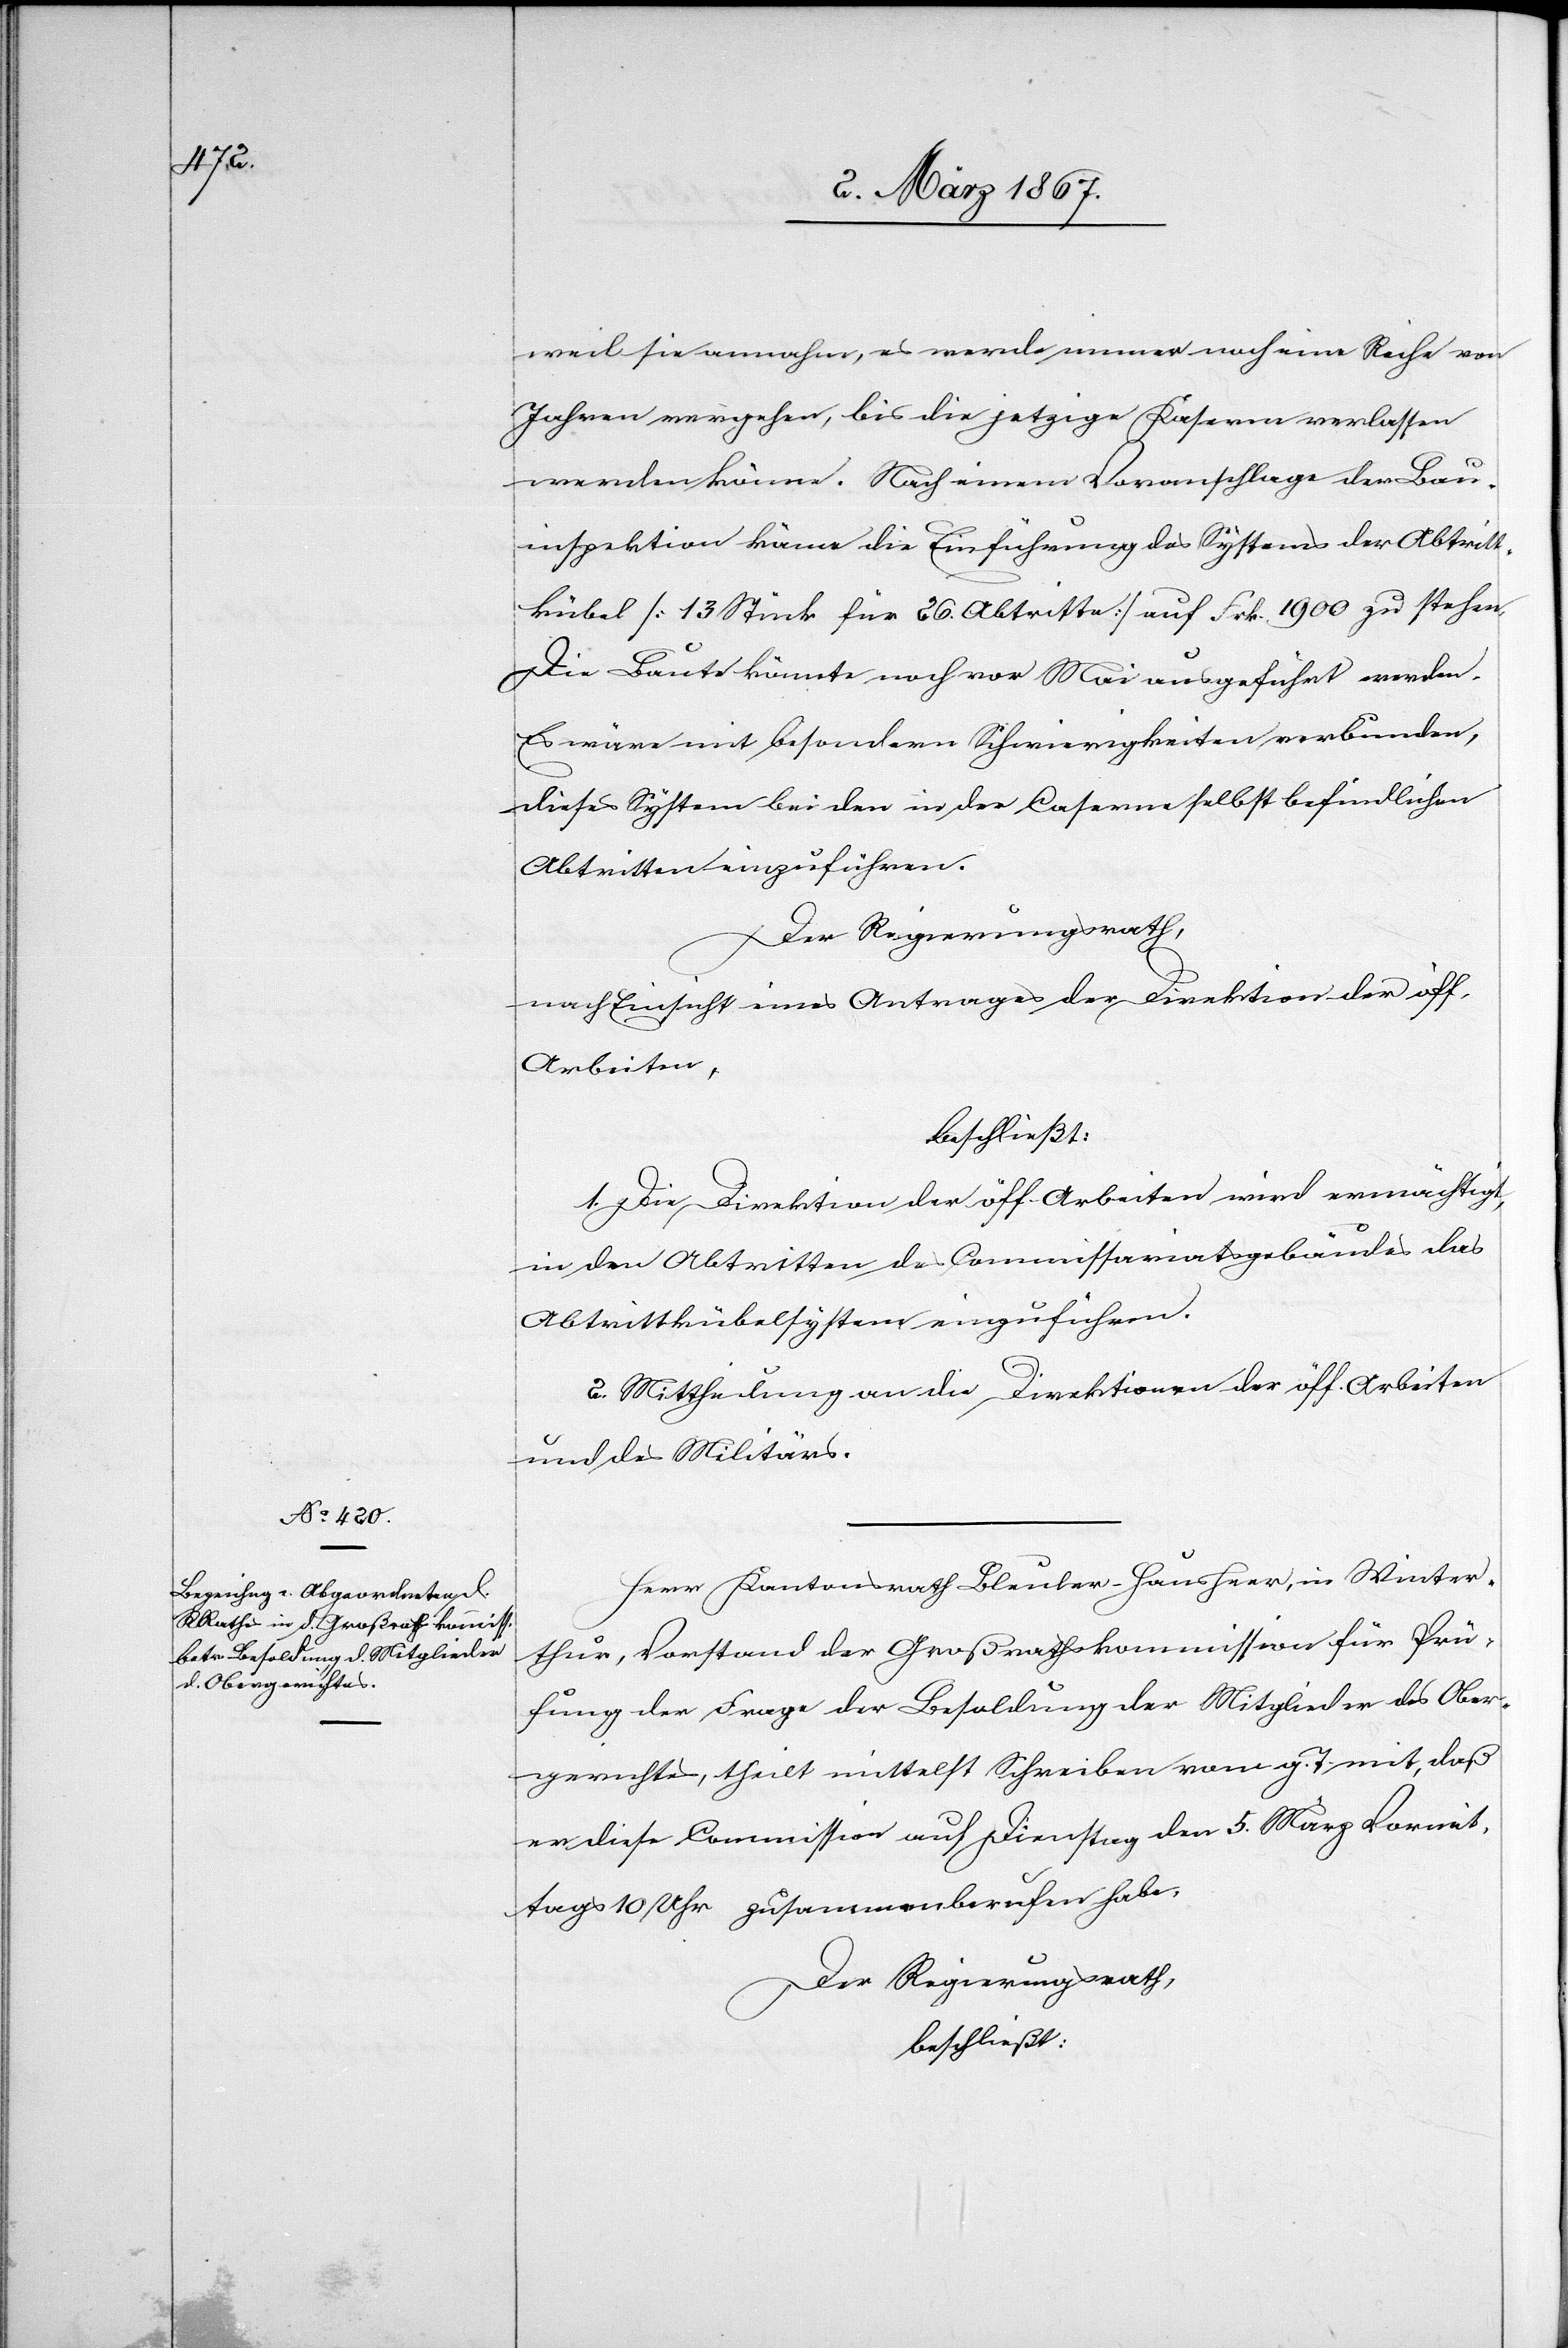
weil sie annahm, es werde immer noch eine Reihe von
Jahren vergehen, bis die jetzige Kaserne verlassen
werden könne. Nach einem Voranschlage der Bau¬
inspektion käme die Einführung des Systems der Abtritt¬
kübel [13 Stück für 26. Abtritte] auf Frk. 1900 zu stehen.
Die Baute könnte noch vor Mai ausgeführt werden.
Es wäre mit besondern Schwierigkeiten verbunden,
dieses System bei den in der Caserne selbst befindlichen
Abtritten einzuführen.
Der Regierungsrath,
nach Einsicht eines Antrages der Direktion der öff.
Arbeiten,
beschließt:
1. Die Direktion der öff. Arbeiten wird ermächtigt,
in den Abtritten des Commissariatsgebäudes das
Abtrittkübelsystem einzuführen.
2. Mittheilung an die Direktionen der öff. Arbeiten
und des Militärs.
Herr Kantonsrath Bleuler-Hausheer, in Winter¬
thur, Vorstand der Großrathskommission für Prü¬
fung der Frage der Besoldung der Mitglieder des Ober¬
gerichtes, theilt mittelst Schreiben vom g. T. mit, daß
er diese Commission auf Dienstag den 5. März Vormit¬
tags 10 Uhr zusammenberufen habe.
Der Regierungsrath,
beschließt: